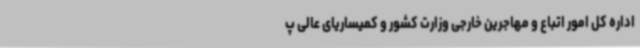
اداره کل امور اتباع و مهاجرین خارجی وزارت کشور و کمیساریای عالی پ